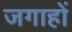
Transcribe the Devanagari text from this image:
जगाहों